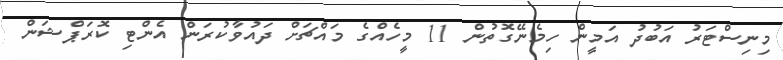
މިނިސްޓަރު އަބުދު އަމީން ހިމެނޭގޮތުން 11 މީހެއްގެ މައްޗަށް ދައުވާކުރަން އެންޓި ކޮރަޕްޝަން